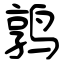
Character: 鹑